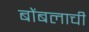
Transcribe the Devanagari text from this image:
बोंबलाची